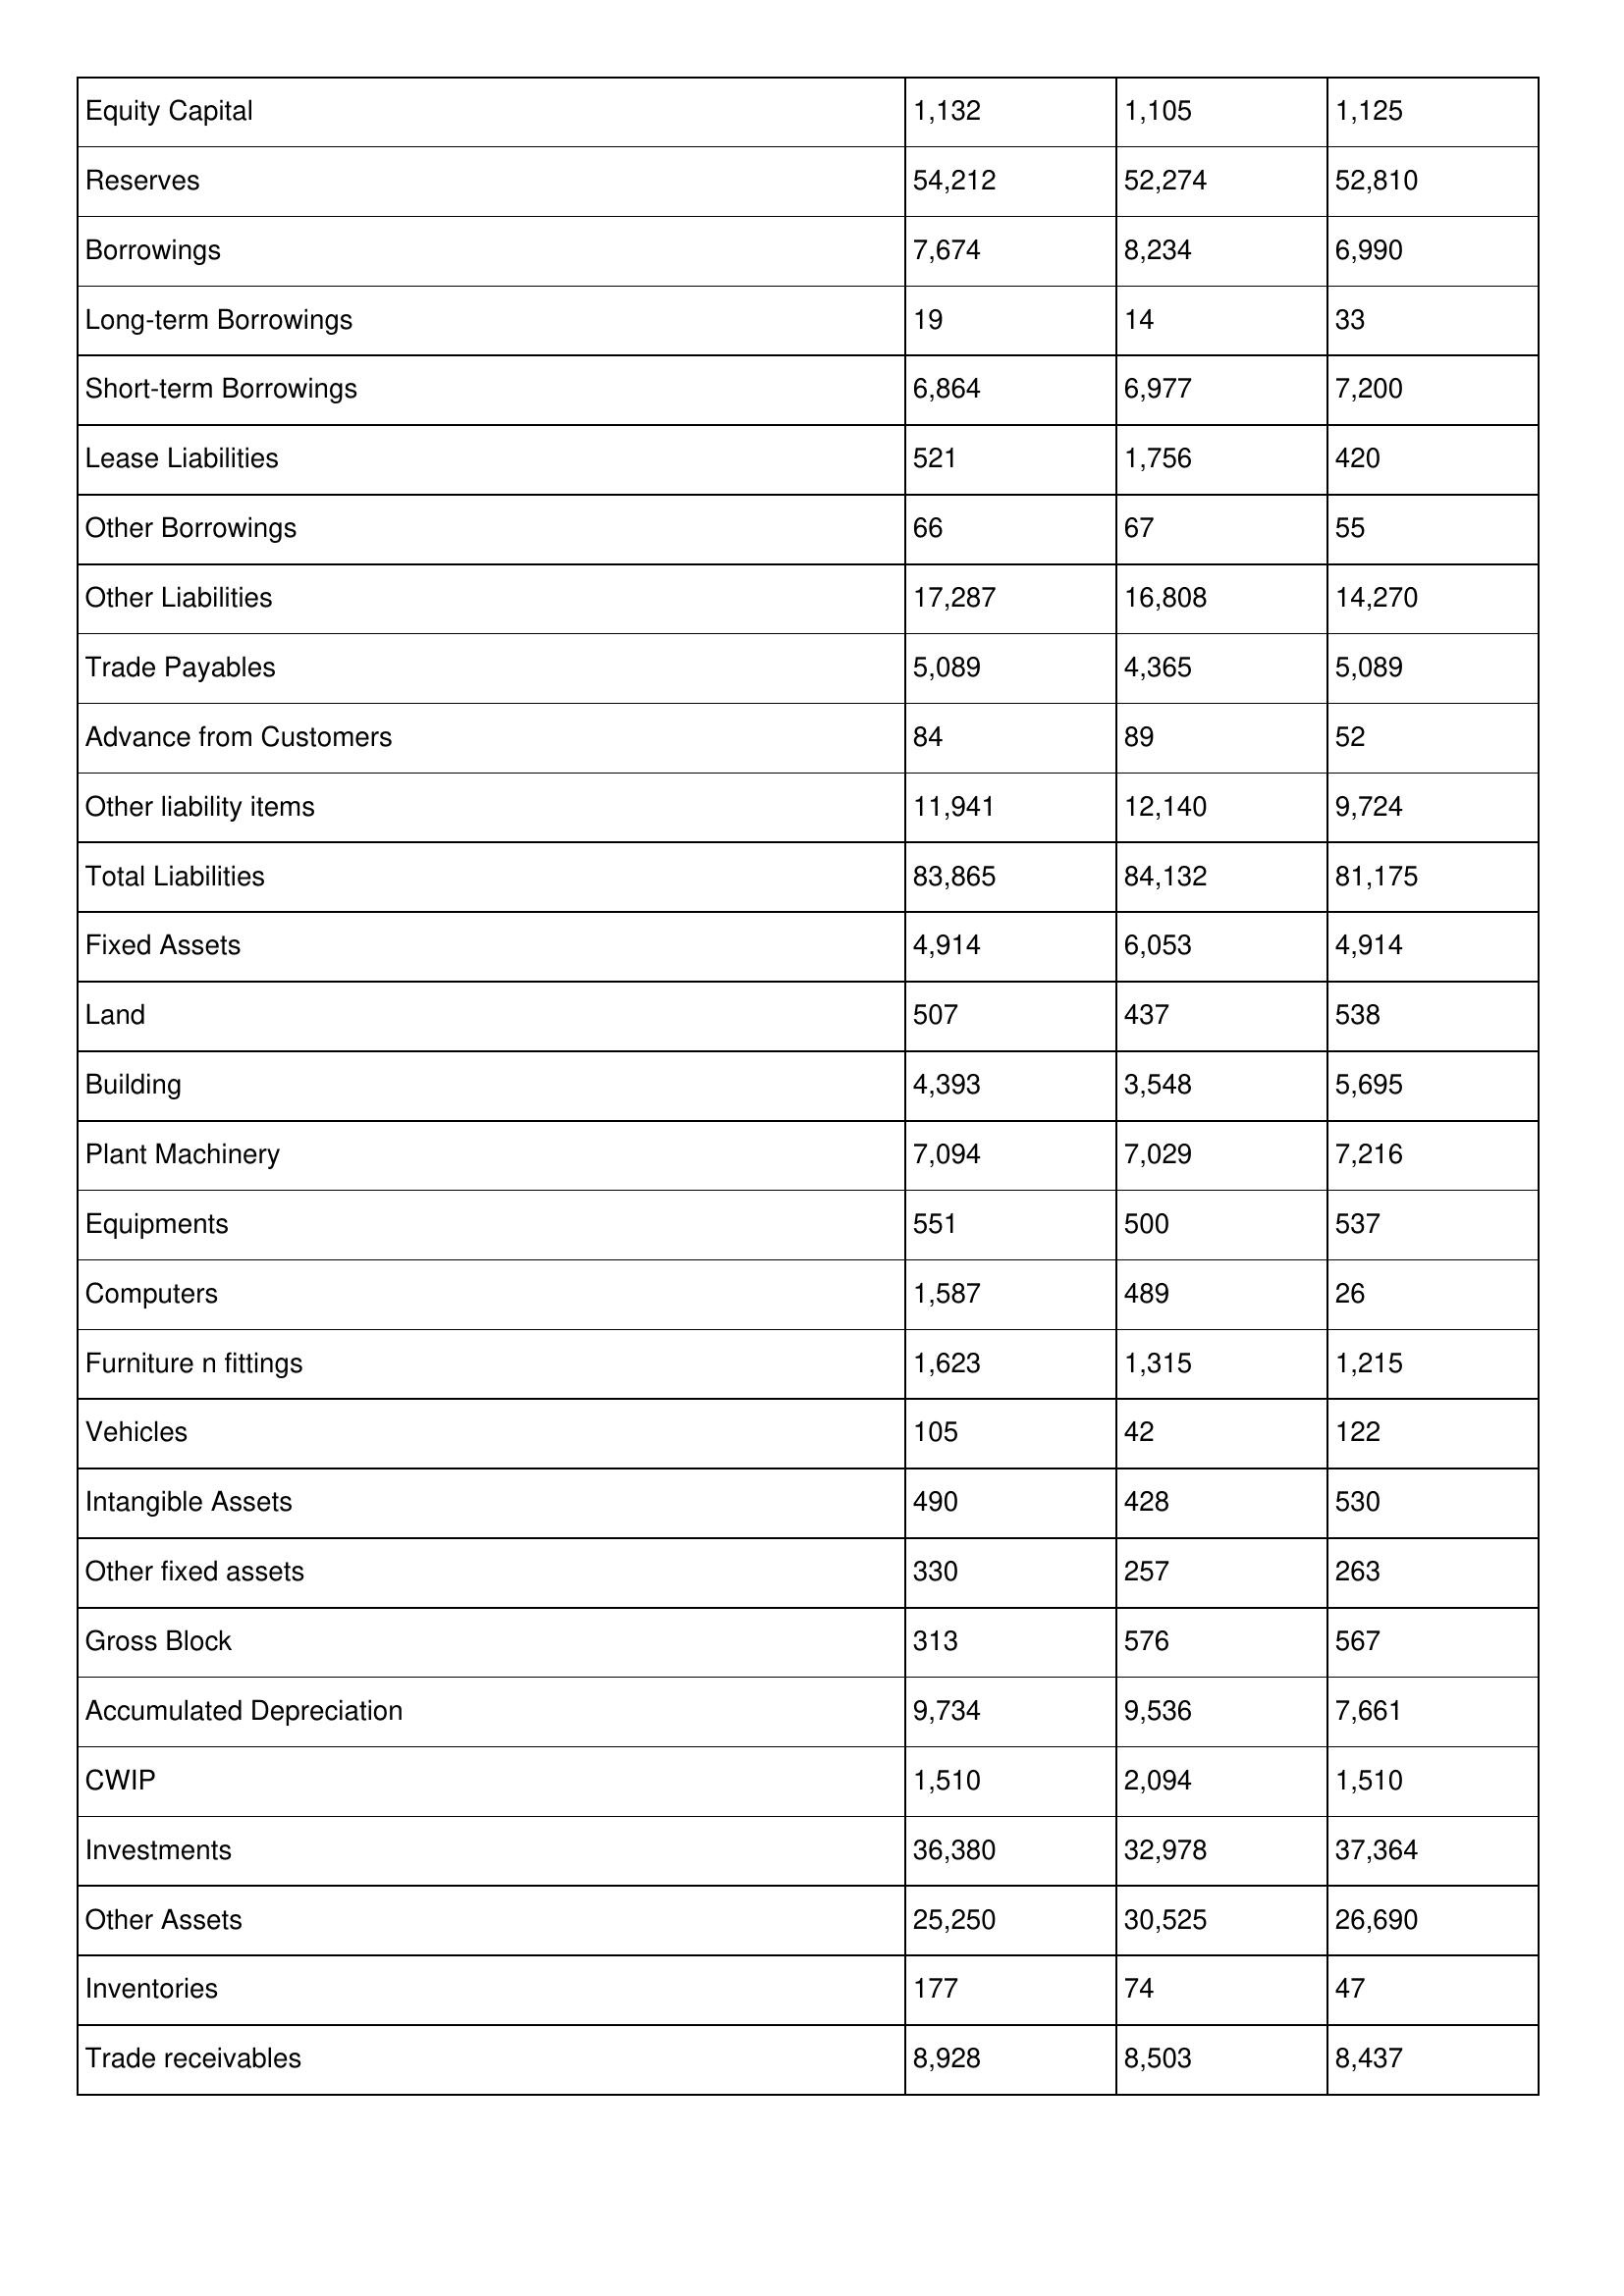
gt_parse: 1997: Balance Sheet: Equity Capital: 1,132
Reserves: 54,212
Borrowings: 7,674
Long-term Borrowings: 19
Short-term Borrowings: 6,864
Lease Liabilities: 521
Other Borrowings: 66
Other Liabilities: 17,287
Trade Payables: 5,089
Advance from Customers: 84
Other liability items: 11,941
Total Liabilities: 83,865
Fixed Assets: 4,914
Land: 507
Building: 4,393
Plant Machinery: 7,094
Equipments: 551
Computers: 1,587
Furniture n fittings: 1,623
Vehicles: 105
Intangible Assets: 490
Other fixed assets: 330
Gross Block: 313
Accumulated Depreciation: 9,734
CWIP: 1,510
Investments: 36,380
Other Assets: 25,250
Inventories: 177
Trade receivables: 8,928
1996: Balance Sheet: Equity Capital: 1,105
Reserves: 52,274
Borrowings: 8,234
Long-term Borrowings: 14
Short-term Borrowings: 6,977
Lease Liabilities: 1,756
Other Borrowings: 67
Other Liabilities: 16,808
Trade Payables: 4,365
Advance from Customers: 89
Other liability items: 12,140
Total Liabilities: 84,132
Fixed Assets: 6,053
Land: 437
Building: 3,548
Plant Machinery: 7,029
Equipments: 500
Computers: 489
Furniture n fittings: 1,315
Vehicles: 42
Intangible Assets: 428
Other fixed assets: 257
Gross Block: 576
Accumulated Depreciation: 9,536
CWIP: 2,094
Investments: 32,978
Other Assets: 30,525
Inventories: 74
Trade receivables: 8,503
1995: Balance Sheet: Equity Capital: 1,125
Reserves: 52,810
Borrowings: 6,990
Long-term Borrowings: 33
Short-term Borrowings: 7,200
Lease Liabilities: 420
Other Borrowings: 55
Other Liabilities: 14,270
Trade Payables: 5,089
Advance from Customers: 52
Other liability items: 9,724
Total Liabilities: 81,175
Fixed Assets: 4,914
Land: 538
Building: 5,695
Plant Machinery: 7,216
Equipments: 537
Computers: 26
Furniture n fittings: 1,215
Vehicles: 122
Intangible Assets: 530
Other fixed assets: 263
Gross Block: 567
Accumulated Depreciation: 7,661
CWIP: 1,510
Investments: 37,364
Other Assets: 26,690
Inventories: 47
Trade receivables: 8,437